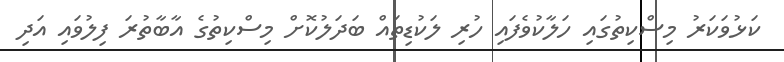
ކަޅުވަކަރު މިސްކިތުގައި ހަލާކުވެފައި ހުރި ލަކުޑިތައް ބަދަލުކޮށް މިސްކިތުގެ އާބާތުރަ ފިލުވައި އަދި